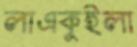
লাএকুইলা